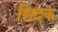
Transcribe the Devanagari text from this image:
सिदक